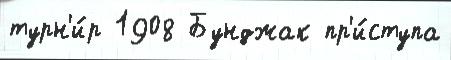
турн'и́р 1908 Бунджак пр'и́ступа